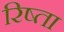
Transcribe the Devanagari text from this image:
रिष्ता